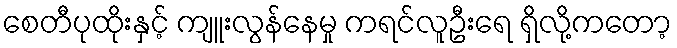
စေတီပုထိုးနှင့် ကျူးလွန်နေမှု ကရင်လူဦးရေ ရှိလို့ကတော့